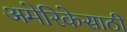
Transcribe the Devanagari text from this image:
अमेरिकेसाठी